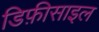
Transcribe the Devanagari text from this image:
डिफ़ीसाइल